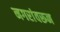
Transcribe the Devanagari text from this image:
नगरांवरून